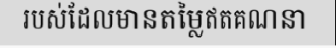
របស់ដែលមានតម្លៃឥតគណនា